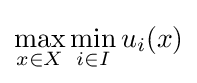
\max _{x\in X}\min _{i\in I}u_{i}(x)